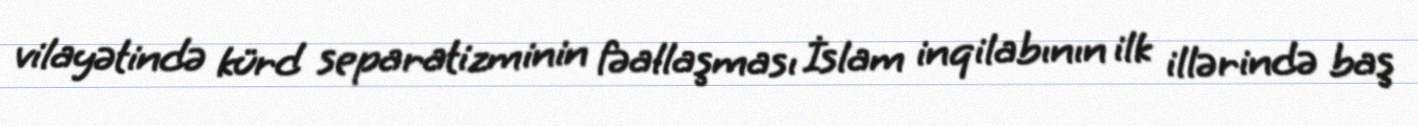
vilayətində kürd separatizminin fəallaşması İslam inqilabının ilk illərində baş